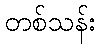
တစ်သန်း